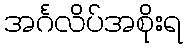
အင်္ဂလိပ်အစိုးရ